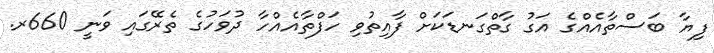
ފިޔާ ބަސްތާއެއްގެ އަގު ގާތްގަނޑަކަށް ފާއިތުވި ހަފްތާއެއްހާ ދުވަހުގެ ތެރޭގައި ވަނީ 660ރ.